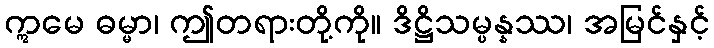
ဣမေ ဓမ္မာ၊ ဤတရားတို့ကို။ ဒိဋ္ဌိသမ္ပန္နဿ၊ အမြင်နှင့်